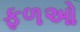
ફળઓ